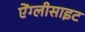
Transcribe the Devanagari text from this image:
ऐंग्लीसाइट